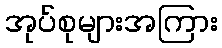
အုပ်စုများအကြား